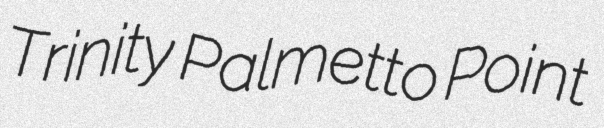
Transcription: Trinity Palmetto Point